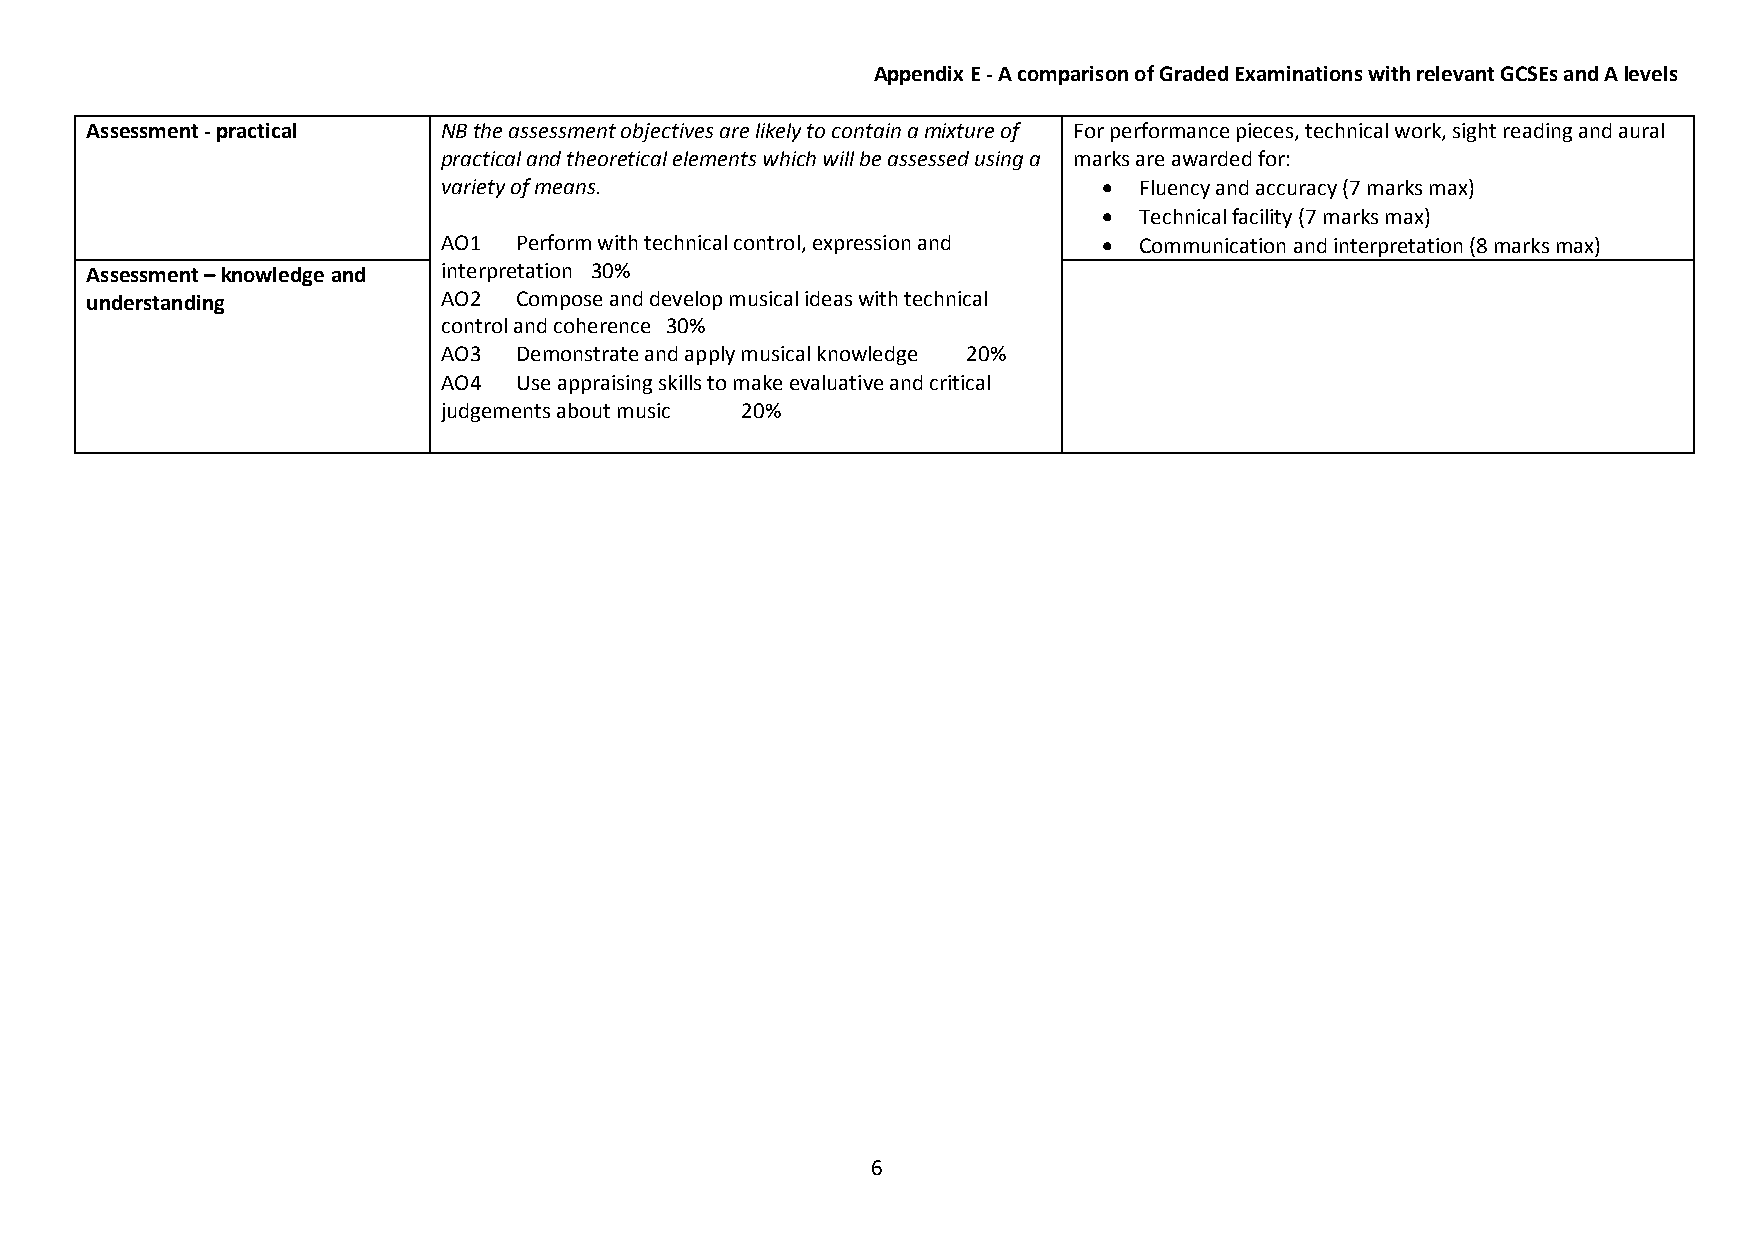
Appendix E - A comparison of Graded Examinations with relevant GCSEs and A levels
 Assessment - practical NB the assessment objectives are likely to contain a mixture of For performance pieces, technical work, sight reading and aural
 practical and theoretical elements which will be assessed using a marks are awarded for:
 variety of means.                            Fluency and accuracy (7 marks max)
  Technical facility (7 marks max)
 AO1  Perform with technical control, expression and  Communication and interpretation (8 marks max)
 Assessment – knowledge and interpretation 30%
 understanding          AO2  Compose and develop musical ideas with technical
 control and coherence 30%
 AO3  Demonstrate and apply musical knowledge 20%
 AO4  Use appraising skills to make evaluative and critical
 judgements about music 20%
 6